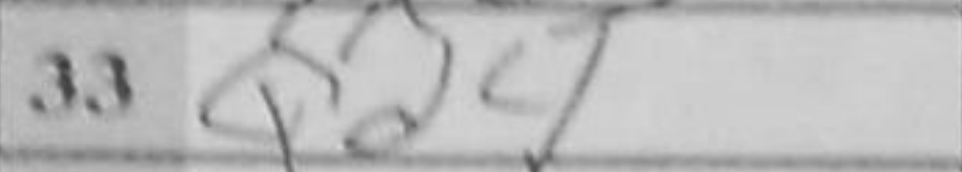
Transcription: Qd4